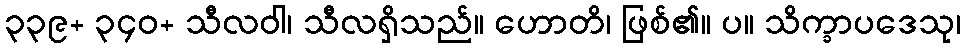
၃၃၉+ ၃၄၀+ သီလဝါ၊ သီလရှိသည်။ ဟောတိ၊ ဖြစ်၏။ ပ။ သိက္ခာပဒေသု၊